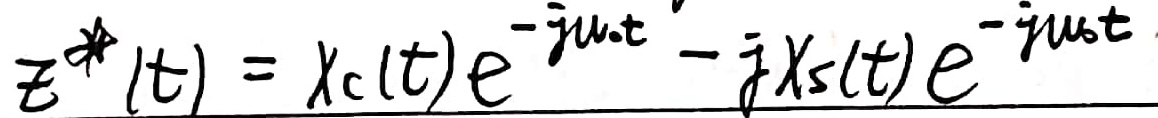
$z^{*}(t)=x_c(t)e^{-j\omega_0 t}-jx_s(t)e^{-j\omega_0 t}$